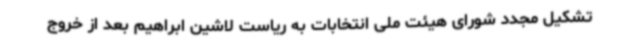
تشکیل مجدد شورای هیئت ملی انتخابات به ریاست لاشین ابراهیم بعد از خروج